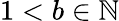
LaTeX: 1<b\in\mathbb{N}